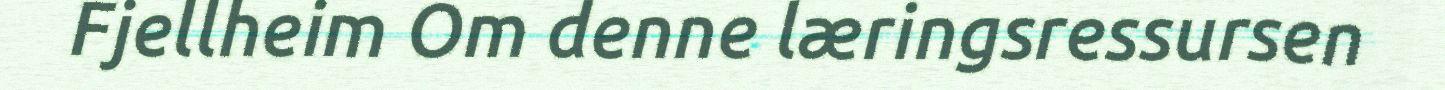
Fjellheim Om denne læringsressursen